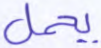
يحمل